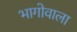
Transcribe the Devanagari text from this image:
भागोवाला